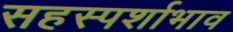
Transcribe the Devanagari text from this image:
सहस्पर्शाभाव